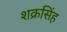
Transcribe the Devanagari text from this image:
शक्रसिंह